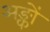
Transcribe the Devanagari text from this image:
अङ्कों